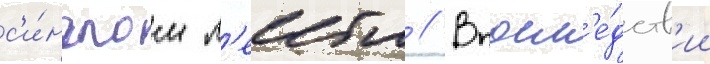
с'и́нглом л'еибла // Впосл'е́дств'ии